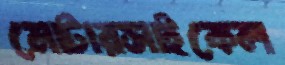
মোটারসাইকেল